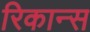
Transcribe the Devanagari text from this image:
रिकान्स